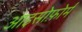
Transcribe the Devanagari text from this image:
आइसोफ़ोर्म